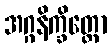
အဂ္ဂနိက္ခိတ္တော